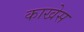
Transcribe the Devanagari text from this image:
काखेस